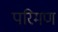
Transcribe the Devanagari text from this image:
परिमण